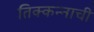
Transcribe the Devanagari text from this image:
तिक्कन्नाची